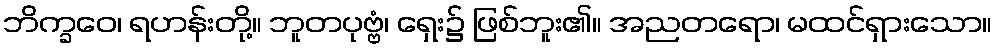
ဘိက္ခဝေ၊ ရဟန်းတို့။ ဘူတပုဗ္ဗံ၊ ရှေး၌ ဖြစ်ဘူး၏။ အညတရော၊ မထင်ရှားသော။